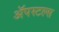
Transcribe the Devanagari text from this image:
ॲपस्टल्स